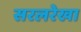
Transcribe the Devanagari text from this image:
सरलरेखा